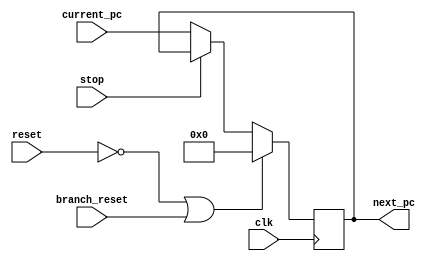
`timescale 1ns / 1ps

module prog_counter #(parameter WIDTH = 8)(
    input wire clk, reset, stop, branch_reset, 
    input wire [WIDTH-1:0] current_pc, 
    output reg [WIDTH-1:0] next_pc
);

    always @(posedge clk)// or negedge reset)
    begin
        if(!reset || branch_reset)
            next_pc <= 'b0; //arranco el programa de nuevo
        else
			begin
				if(!stop)
					next_pc <= current_pc; //sigo el flujo, el current pc lo puede 
			end								//manejar branch
    end

endmodule